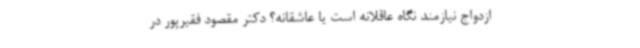
ازدواج نیازمند نگاه عاقلانه است یا عاشقانه؟ دکتر مقصود فقیرپور در